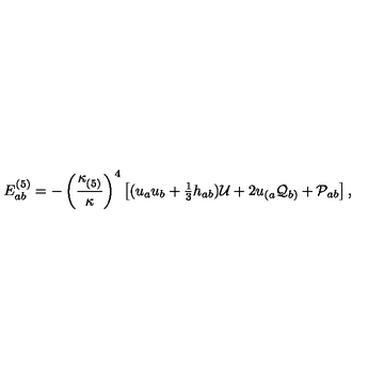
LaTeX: E _ { a b } ^ { ( 5 ) } = - \left( \frac { \kappa _ { ( 5 ) } ^ { } } { \kappa } \right) ^ { 4 } \left[ ( u _ { a } u _ { b } + \textstyle { \frac { 1 } { 3 } } h _ { a b } ) { \cal U } + 2 u _ { ( a } { \cal Q } _ { b ) } + { \cal P } _ { a b } \right] ,